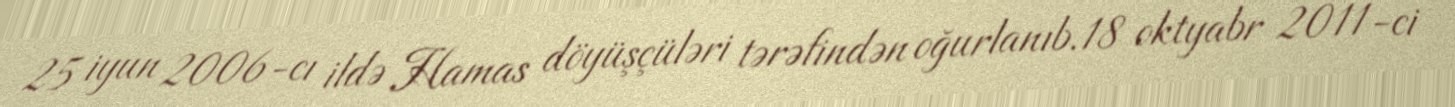
25 iyun 2006-cı ildə Hamas döyüşçüləri tərəfindən oğurlanıb.18 oktyabr 2011-ci